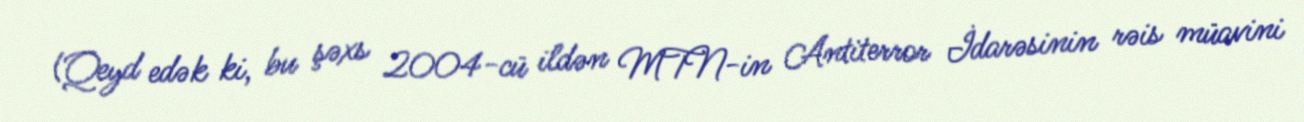
(Qeyd edək ki, bu şəxs 2004-cü ildən MTN-in Antiterror İdarəsinin rəis müavini